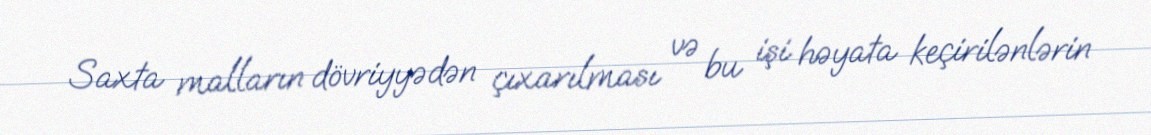
Saxta malların dövriyyədən çıxarılması və bu işi həyata keçirilənlərin